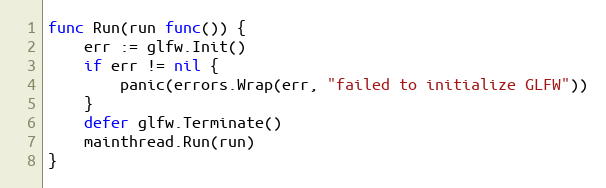
Language: Go
func Run(run func()) {
	err := glfw.Init()
	if err != nil {
		panic(errors.Wrap(err, "failed to initialize GLFW"))
	}
	defer glfw.Terminate()
	mainthread.Run(run)
}